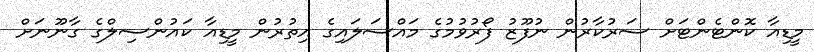
މީޑިއާ ކޮންޓެންޓަށް ސަރުކާރުން ނުފޫޒު ފޯރުވުމުގެ މައްސަލައިގެ އިތުރުން މީޑިއާ ކައުންސިލްގެ ގާނޫނަށް